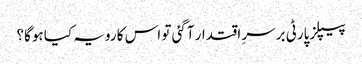
پیپلزپارٹی برسرِ اقتدار آگئی تو اس کا رویہ کیا ہوگا؟